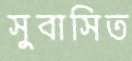
সুবাসিত